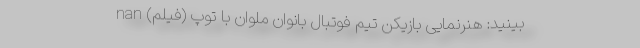
بینید: هنرنمایی بازیکن تیم فوتبال بانوان ملوان با توپ (فیلم) nan